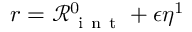
r = \mathcal { R } _ { \mathrm { ~ i ~ n ~ t ~ } } ^ { 0 } + \epsilon \eta ^ { 1 }